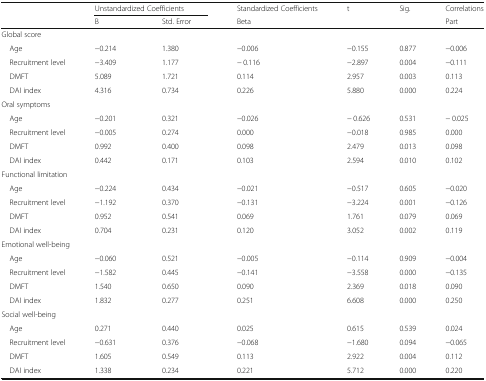
<table><thead><tr><td rowspan="2"></td><td colspan="2"><b>Unstandardized Coefficients</b></td><td><b>Standardized Coefficients</b></td><td rowspan="2"><b>t</b></td><td rowspan="2"><b>Sig.</b></td><td><b>Correlations</b></td></tr><tr><td><b>B</b></td><td><b>Std. Error</b></td><td><b>Beta</b></td><td><b>Part</b></td></tr></thead><tbody><tr><td colspan="7">Global score</td></tr><tr><td> Age</td><td>−0.214</td><td>1.380</td><td>−0.006</td><td>−0.155</td><td>0.877</td><td>−0.006</td></tr><tr><td> Recruitment level</td><td>−3.409</td><td>1.177</td><td>− 0.116</td><td>−2.897</td><td>0.004</td><td>−0.111</td></tr><tr><td> DMFT</td><td>5.089</td><td>1.721</td><td>0.114</td><td>2.957</td><td>0.003</td><td>0.113</td></tr><tr><td> DAI index</td><td>4.316</td><td>0.734</td><td>0.226</td><td>5.880</td><td>0.000</td><td>0.224</td></tr><tr><td colspan="7">Oral symptoms</td></tr><tr><td> Age</td><td>−0.201</td><td>0.321</td><td>−0.026</td><td>− 0.626</td><td>0.531</td><td>− 0.025</td></tr><tr><td> Recruitment level</td><td>−0.005</td><td>0.274</td><td>0.000</td><td>−0.018</td><td>0.985</td><td>0.000</td></tr><tr><td> DMFT</td><td>0.992</td><td>0.400</td><td>0.098</td><td>2.479</td><td>0.013</td><td>0.098</td></tr><tr><td> DAI index</td><td>0.442</td><td>0.171</td><td>0.103</td><td>2.594</td><td>0.010</td><td>0.102</td></tr><tr><td colspan="7">Functional limitation</td></tr><tr><td> Age</td><td>−0.224</td><td>0.434</td><td>−0.021</td><td>−0.517</td><td>0.605</td><td>−0.020</td></tr><tr><td> Recruitment level</td><td>−1.192</td><td>0.370</td><td>−0.131</td><td>−3.224</td><td>0.001</td><td>−0.126</td></tr><tr><td> DMFT</td><td>0.952</td><td>0.541</td><td>0.069</td><td>1.761</td><td>0.079</td><td>0.069</td></tr><tr><td> DAI index</td><td>0.704</td><td>0.231</td><td>0.120</td><td>3.052</td><td>0.002</td><td>0.119</td></tr><tr><td colspan="7">Emotional well-being</td></tr><tr><td> Age</td><td>−0.060</td><td>0.521</td><td>−0.005</td><td>−0.114</td><td>0.909</td><td>−0.004</td></tr><tr><td> Recruitment level</td><td>−1.582</td><td>0.445</td><td>−0.141</td><td>−3.558</td><td>0.000</td><td>−0.135</td></tr><tr><td> DMFT</td><td>1.540</td><td>0.650</td><td>0.090</td><td>2.369</td><td>0.018</td><td>0.090</td></tr><tr><td> DAI index</td><td>1.832</td><td>0.277</td><td>0.251</td><td>6.608</td><td>0.000</td><td>0.250</td></tr><tr><td colspan="7">Social well-being</td></tr><tr><td> Age</td><td>0.271</td><td>0.440</td><td>0.025</td><td>0.615</td><td>0.539</td><td>0.024</td></tr><tr><td> Recruitment level</td><td>−0.631</td><td>0.376</td><td>−0.068</td><td>−1.680</td><td>0.094</td><td>−0.065</td></tr><tr><td> DMFT</td><td>1.605</td><td>0.549</td><td>0.113</td><td>2.922</td><td>0.004</td><td>0.112</td></tr><tr><td> DAI index</td><td>1.338</td><td>0.234</td><td>0.221</td><td>5.712</td><td>0.000</td><td>0.220</td></tr></tbody></table>